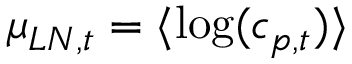
\mu _ { L N , t } = \langle \log ( c _ { p , t } ) \rangle